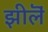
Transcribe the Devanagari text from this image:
झीलॆं